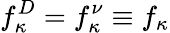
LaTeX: f_{\kappa}^{D}=f_{\kappa}^{\nu}\equiv f_{\kappa}